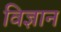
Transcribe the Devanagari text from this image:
विज्ञान